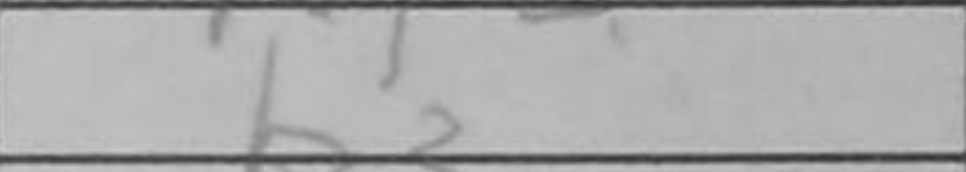
Transcription: b3